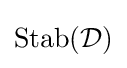
\operatorname {Stab} ({\mathcal {D}})